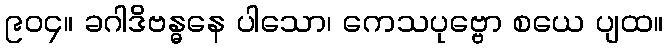
၉၀၄။ ခဂါဒိဗန္ဓနေ ပါသော၊ ကေသပုဗ္ဗော စယေ ပျထ။